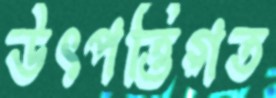
উৎপত্তিগত